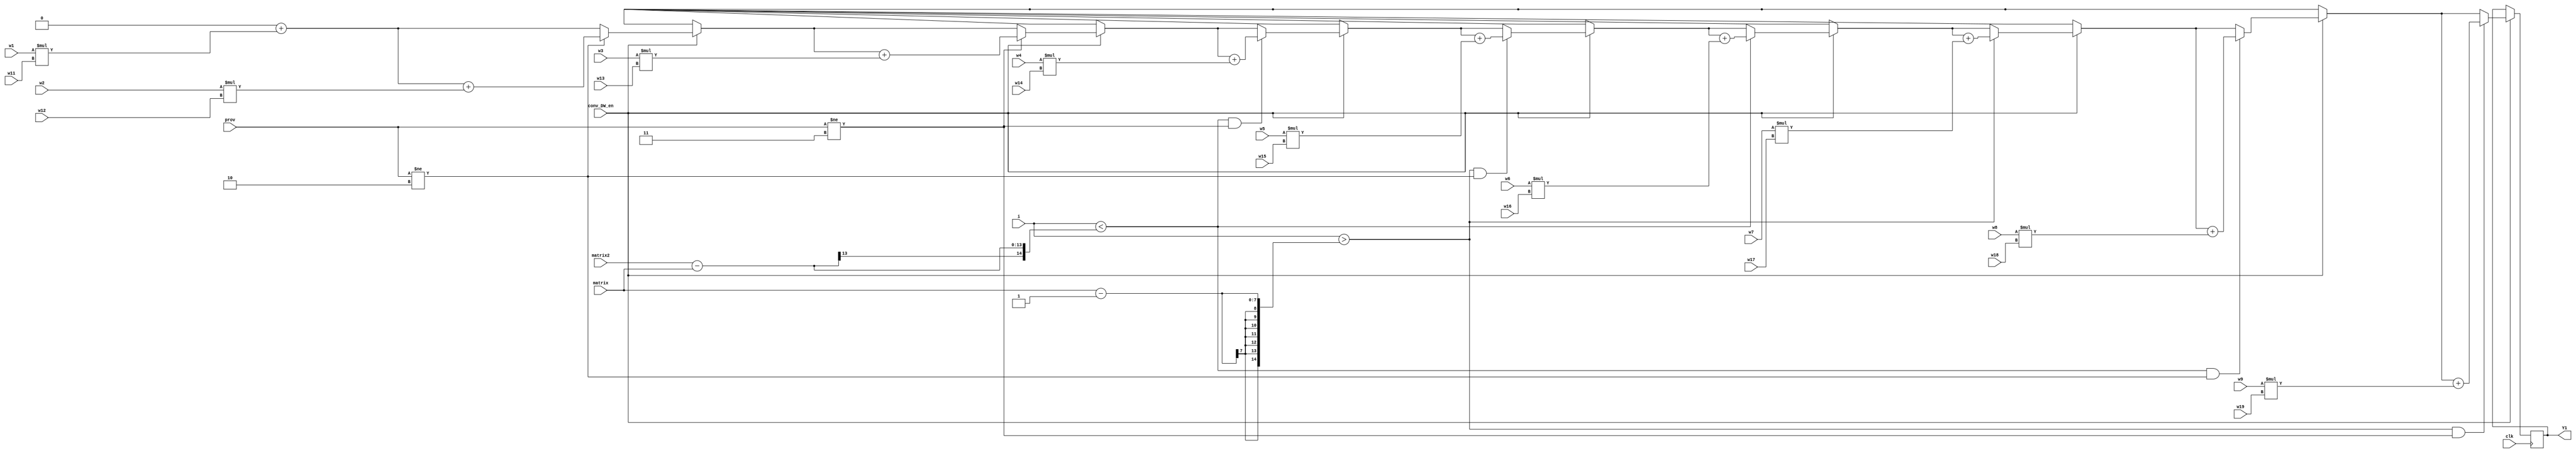
module conv_DW(clk, Y1, prov, matrix, matrix2, i, w1, w2, w3, w4, w5, w6, w7, w8, w9,w11, w12, w13, w14, w15, w16, w17, w18, w19, conv_DW_en);
	
	parameter SIZE = 0;
	
	input 								clk;											// clock
	output	reg	signed	[SIZE+SIZE-2:0]	Y1;												// 3x3 kernel calculatioin result (MAC calculatioin)
	input 				[1:0]			prov;											// 2'b00 : center, 2'b11 : left, 2'b10 : right
	input 				[6:0] 			matrix;      									// feature map size(line) 
	input 				[12:0] 			matrix2;										// matrix * matrix
	input 				[14:0] 			i;												// current index of feature map pixel
	input 		signed 	[SIZE-1:0] 		w1, w2, w3, w4, w5, w6, w7, w8, w9;				// pixel
	input 		signed 	[SIZE-1:0] 		w11, w12, w13, w14, w15, w16, w17, w18, w19;	// weight
	input 								conv_DW_en;										// convolution MAC calculatioin enable signal
    
    //===================================
    //== w9, w19 == w7, w17 == w5, w15 ==
    //===================================
    //== w3, w13 == w1, w11 = w2, w12  ==
    //===================================
    //== w4, w14 == w6, w16 = w8, w18  ==
    //===================================
	
	// we use zero padding
	
	always @(posedge clk) begin
		if(conv_DW_en==1) begin
			Y1 = 0;
			Y1 = Y1+Y(w1,w11);

			//right
			if(prov!=2'b10) begin
				Y1 = Y1+Y(w2,w12);
			end
			
			//left
			if(prov!=2'b11) begin
				Y1 = Y1+Y(w3,w13);
			end
			
			//downleft
			if((i<matrix2-matrix)&&(prov!=2'b11)) begin
				Y1 = Y1+Y(w4,w14);
			end
			
			//upright
			if((i>matrix-1'b1)&&(prov!=2'b10)) begin
				Y1 = Y1+Y(w5,w15);
			end
			
			//down
			if(i<matrix2-matrix) begin
				Y1 = Y1+Y(w6,w16);
			end
			
			//up
			if(i>matrix-1'b1) begin
				Y1 = Y1+Y(w7,w17);
			end
			
			//downright
			if((i<matrix2-matrix)&&(prov!=2'b10)) begin
				Y1 = Y1+Y(w8,w18);
			end
			
			//upleft
			if((i>matrix-1'b1)&&(prov!=2'b11)) begin
				Y1 = Y1+Y(w9,w19);
			end
		end
	end

	function signed [SIZE+SIZE-2:0] Y;
		input signed [SIZE-1:0] a, b;
		begin
			Y = a*b;
		end
	endfunction
endmodule